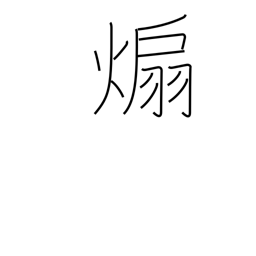
Meaning: instigate